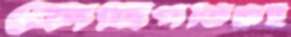
কোটিপতিরাই